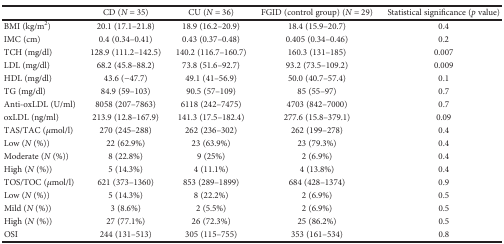
<table><thead><tr><td></td><td><b>CD (<i>N</i> = 35)</b></td><td><b>CU (<i>N</i> = 36)</b></td><td><b>FGID (control group) (<i>N</i> = 29)</b></td><td><b>Statistical significance (<i>p</i> value)</b></td></tr></thead><tbody><tr><td>BMI (kg/m<sup>2</sup>)</td><td>20.1 (17.1–21.8)</td><td>18.9 (16.2–20.9)</td><td>18.4 (15.9–20.7)</td><td>0.4</td></tr><tr><td>IMC (cm)</td><td>0.4 (0.34–0.41)</td><td>0.43 (0.37–0.48)</td><td>0.405 (0.34–0.46)</td><td>0.2</td></tr><tr><td>TCH (mg/dl)</td><td>128.9 (111.2–142.5)</td><td>140.2 (116.7–160.7)</td><td>160.3 (131–185)</td><td>0.007</td></tr><tr><td>LDL (mg/dl)</td><td>68.2 (45.8–88.2)</td><td>73.8 (51.6–92.7)</td><td>93.2 (73.5–109.2)</td><td>0.009</td></tr><tr><td>HDL (mg/dl)</td><td>43.6 (−47.7)</td><td>49.1 (41–56.9)</td><td>50.0 (40.7–57.4)</td><td>0.1</td></tr><tr><td>TG (mg/dl)</td><td>84.9 (59–103)</td><td>90.5 (57–109)</td><td>85 (55–97)</td><td>0.7</td></tr><tr><td>Anti-oxLDL (U/ml)</td><td>8058 (207–7863)</td><td>6118 (242–7475)</td><td>4703 (842–7000)</td><td>0.7</td></tr><tr><td>oxLDL (ng/ml)</td><td>213.9 (12.8–167.9)</td><td>141.3 (17.5–182.4)</td><td>277.6 (15.8–379.1)</td><td>0.09</td></tr><tr><td>TAS/TAC (<i>μ</i>mol/l)</td><td>270 (245–288)</td><td>262 (236–302)</td><td>262 (199–278)</td><td>0.4</td></tr><tr><td>Low (<i>N</i> (%))</td><td>22 (62.9%)</td><td>23 (63.9%)</td><td>23 (79.3%)</td><td>0.4</td></tr><tr><td>Moderate (<i>N</i> (%))</td><td>8 (22.8%)</td><td>9 (25%)</td><td>2 (6.9%)</td><td>0.4</td></tr><tr><td>High (<i>N</i> (%))</td><td>5 (14.3%)</td><td>4 (11.1%)</td><td>4 (13.8%)</td><td>0.4</td></tr><tr><td>TOS/TOC (<i>μ</i>mol/l)</td><td>621 (373–1360)</td><td>853 (289–1899)</td><td>684 (428–1374)</td><td>0.9</td></tr><tr><td>Low (<i>N</i> (%))</td><td>5 (14.3%)</td><td>8 (22.2%)</td><td>2 (6.9%)</td><td>0.5</td></tr><tr><td>Mild (<i>N</i> (%))</td><td>3 (8.6%)</td><td>2 (5.5%)</td><td>2 (6.9%)</td><td>0.5</td></tr><tr><td>High (<i>N</i> (%))</td><td>27 (77.1%)</td><td>26 (72.3%)</td><td>25 (86.2%)</td><td>0.5</td></tr><tr><td>OSI</td><td>244 (131–513)</td><td>305 (115–755)</td><td>353 (161–534)</td><td>0.8</td></tr></tbody></table>